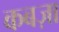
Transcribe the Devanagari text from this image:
कबज़ा